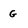
Character: g